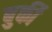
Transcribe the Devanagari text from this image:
बुर्की